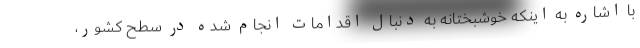
با اشاره به اینکه خوشبختانه به دنبال اقدامات انجام شده در سطح کشور،